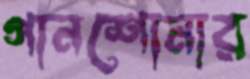
গানশোনার